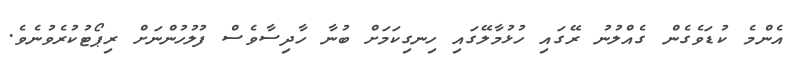
އެންމެ ކުޑަވެގެން ގެއްލުނު ރޭގައި ހުޅުމާލޭގައި ހިނގިކަމަށް ބުނާ ހާދިސާވެސް ފުލުހުންނަށް ރިޕޯޓުކުރެވުނެވެ.